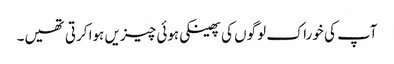
آپ کی خوراک لوگوں کی پھینکی ہوئی چیزیں ہوا کرتی تھیں۔